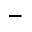
\_